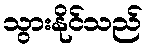
သွားနိုင်သည်